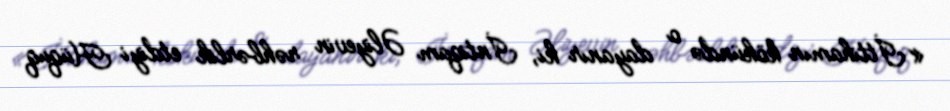
«İttihamın kökündə o dayanır ki, İntiqam Əliyevin rəhbərlik etdiyi Hüquq